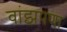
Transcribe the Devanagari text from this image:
वांझपणा